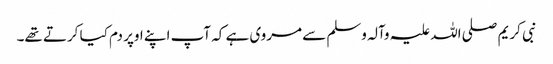
نبی کریم صلی اللہ علیہ وآلہ وسلم سے مروی ہے کہ آپ اپنے اوپر دم کیا کرتے تھے۔